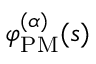
\varphi _ { \mathrm { P M } } ^ { ( \alpha ) } ( s )